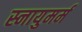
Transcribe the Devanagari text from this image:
स्नायुमर्म